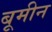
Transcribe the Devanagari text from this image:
बूमीन